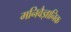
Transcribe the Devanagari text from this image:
मनिवैज्ञानिक